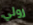
رولي